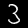
Label: 3